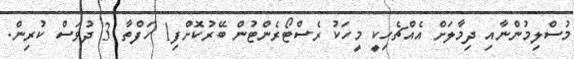
މުސްލިމުންނާއި ދިމާލަށް އެއްޗެހިކީ މީހަކު ރެސްޓޯރެންޓުން ބޭރުކޮށްފި1 ހަފްތާ 3 ދުވަސް ކުރިން.